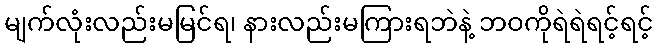
မျက်လုံးလည်းမမြင်ရ၊ နားလည်းမကြားရဘဲနဲ့ ဘဝကိုရဲရဲရင့်ရင့်